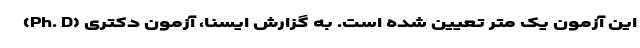
این آزمون یک متر تعیین شده است. به گزارش ایسنا، آزمون دکتری (Ph. D)